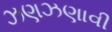
ઝણઝણાવી